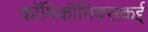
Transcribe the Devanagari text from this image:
काॅमिकॉमिक्सकई